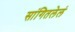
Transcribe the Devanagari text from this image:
सांगितलेलं